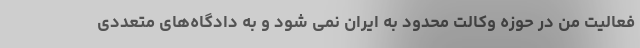
فعالیت من در حوزه وکالت محدود به ایران نمی شود و به دادگاه‌های متعددی